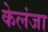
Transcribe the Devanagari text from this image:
केलंजा